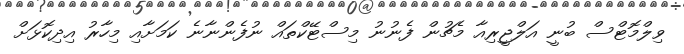
ވިލްމޮޓްސް ބުނީ އަލްޖީރިއާ މެޗުން ފެނުނު މިސްޓޭކްތައް ނުފެންނާނެ ކަމަށާއި މިހާރު އިދިކޮޅަށް